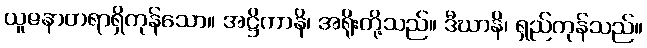
ယူဇနာတရာရှိကုန်သော။ အဋ္ဌိကာနိ၊ အရိုးတို့သည်။ ဒီဃာနိ၊ ရှည်ကုန်သည်။